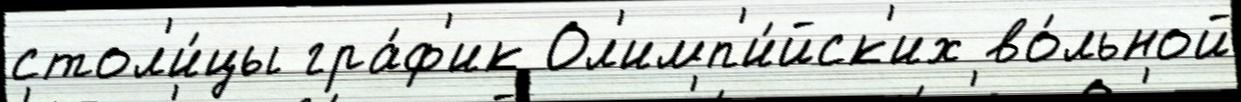
стол'и́цы гра́ф'ик Ол'имп'и́йск'их во́льной